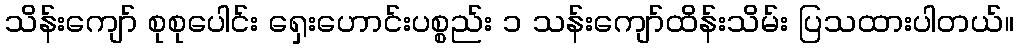
သိန်းကျော် စုစုပေါင်း ရှေးဟောင်းပစ္စည်း ၁ သန်းကျော်ထိန်းသိမ်း ပြသထားပါတယ်။